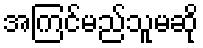
အကြင်မည်သူမဆို